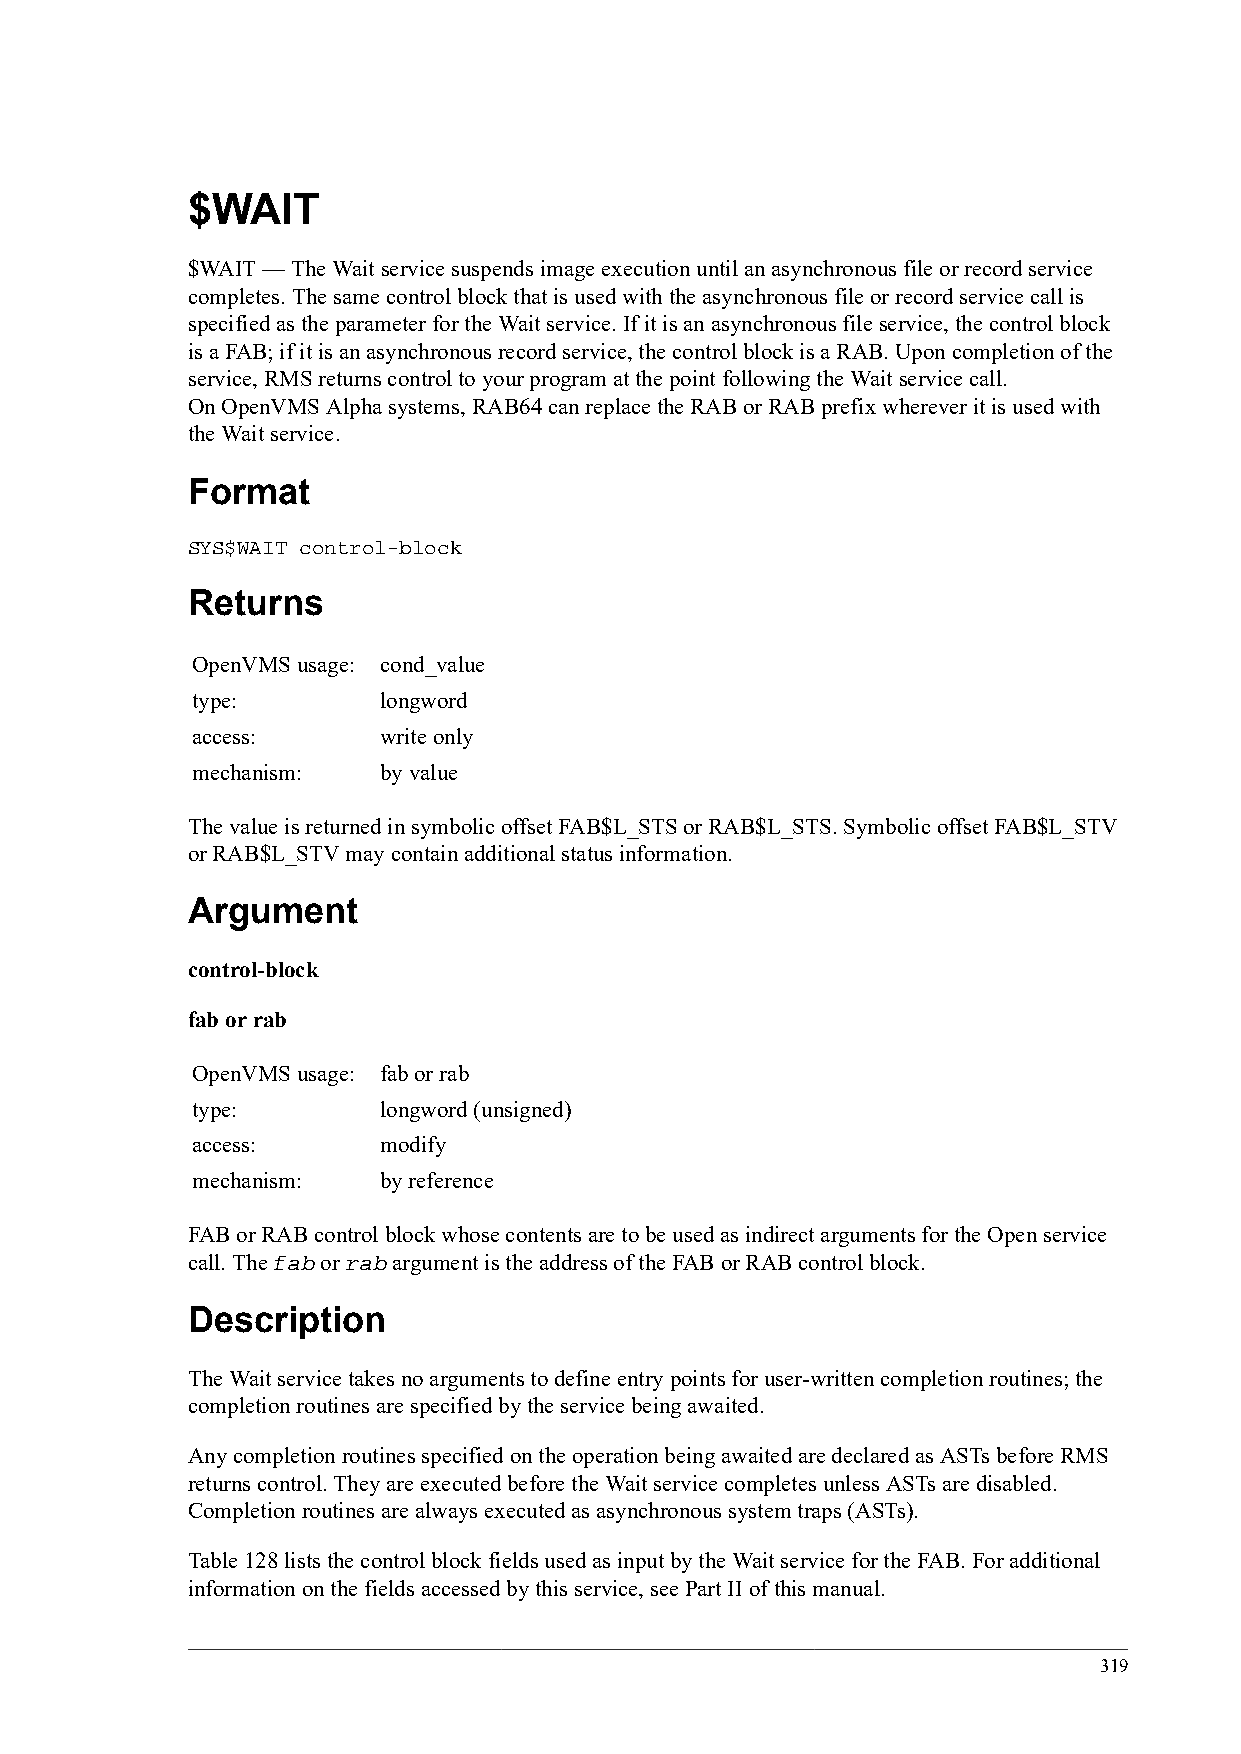
$WAIT
 $WAIT — The Wait service suspends image execution until an asynchronous file or record service
 completes. The same control block that is used with the asynchronous file or record service call is
 specified as the parameter for the Wait service. If it is an asynchronous file service, the control block
 is a FAB; if it is an asynchronous record service, the control block is a RAB. Upon completion of the
 service, RMS returns control to your program at the point following the Wait service call.
 On OpenVMS Alpha systems, RAB64 can replace the RAB or RAB prefix wherever it is used with
 the Wait service.
 Format
 SYS$WAIT control-block
 Returns
 OpenVMS usage: cond_value
 type:       longword
 access:     write only
 mechanism:  by value
 The value is returned in symbolic offset FAB$L_STS or RAB$L_STS. Symbolic offset FAB$L_STV
 or RAB$L_STV may contain additional status information.
 Argument
 control-block
 fab or rab
 OpenVMS usage: fab or rab
 type:       longword (unsigned)
 access:     modify
 mechanism:  by reference
 FAB or RAB control block whose contents are to be used as indirect arguments for the Open service
 call. The fab or rab argument is the address of the FAB or RAB control block.
 Description
 The Wait service takes no arguments to define entry points for user-written completion routines; the
 completion routines are specified by the service being awaited.
 Any completion routines specified on the operation being awaited are declared as ASTs before RMS
 returns control. They are executed before the Wait service completes unless ASTs are disabled.
 Completion routines are always executed as asynchronous system traps (ASTs).
 Table 128 lists the control block fields used as input by the Wait service for the FAB. For additional
 information on the fields accessed by this service, see Part II of this manual.
 319